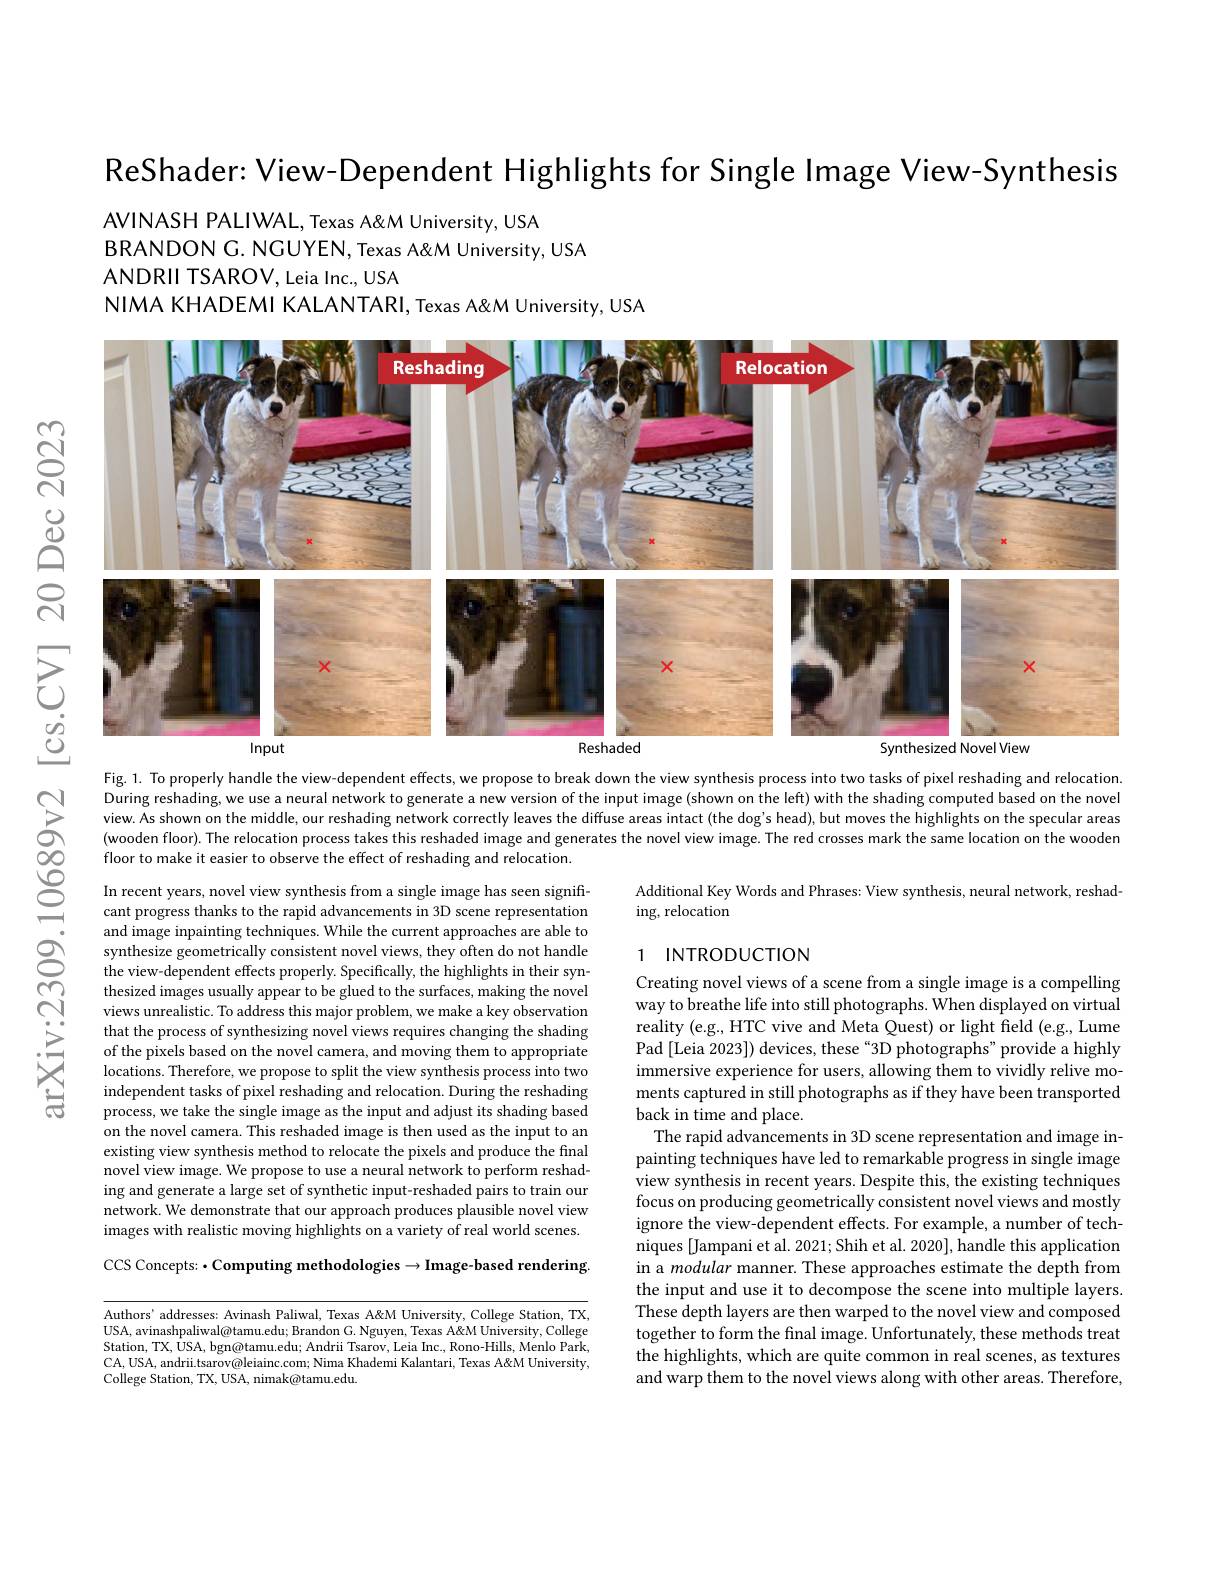
ReShader: View-Dependent Highlights for Single Image View-Synthesis

AVINASH PALIWAL, Texas A&M University, USA
BRANDON G. NGUYEN, Texas A&M University, USA
ANDRII TSAROV, Leia Inc., USA
NIMA KHADEMI KALANTARI, Texas A&M University, USA

$ଟ୍ରି$
<FigureHere>
$ద్లి$ $উত্ত্তি$

Fig. 1. To properly handle the view-dependent effects, we propose to break down the view synthesis process into two tasks of pixel reshading and relocation. During reshading, we use a neural network to generate a new version of the input image (shown on the leff) with the shading computed based on the novel view. As shown on the middle, our reshading network correctly leaves the diffuse areas intact (the dog's head), but moves the highlights on the specular areas (wooden floor). The relocation process takes this reshaded image and generates the novel view image. The red crosses mark the same location on the wooden
$ప్రే$
floor to make it easier to observe the effect of reshading and relocation.

Additional Key Words and Phrases: View synthesis, neural network, reshad-
$\operatorname{ing,}$relocation

### 1 $INTRODUCTION$

arXiv:2309

In recent years, novel view synthesis from a single image has seen significant progress thanks to the rapid advancements in 3D scene representation and image inpainting techniques. While the current approaches are able to synthesize geometrically consistent novel views, they often do not handle the view-dependent effects properly. Specifically, the highlights in their synthesized images usually appear to be glued to the surfaces, making the novel views unrealistic. To address this major problem, we make a key observation that the process of synthesizing novel views requires changing the shading of the pixels based on the novel camera, and moving them to appropriate locations. Therefore, we propose to split the view synthesis process into two independent tasks of pixel reshading and relocation. During the reshading process, we take the single image as the input and adjust its shading based on the novel camera. This reshaded image is then used as the input to an existing view synthesis method to relocate the pixels and produce the final novel view image. We propose to use a neural network to perform reshading and generate a large set of synthetic input-reshaded pairs to train our network. We demonstrate that our approach produces plausible novel view images with realistic moving highlights on a variety of real world scenes.

Creating novel views of a scene from a single image is a compelling way to breathe life into still photographs. When displayed on virtual reality (e.g., HTC vive and Meta Quest) or light field (e.g., Lume Pad [Leia 2023]) devices, these“3D photographs" provide a highly immersive experience for users, allowing them to vividly relive moments captured in still photographs as if they have been transported back in time and place.
The rapid advancements in 3D scene representation and image inpainting techniques have led to remarkable progress in single image view synthesis in recent years. Despite this, the existing techniques focus on producing geometrically consistent novel views and mostly ignore the view-dependent effects. For example, a number of techniques [Jampani et al. 2021; Shih et al. 2020], handle this application in a modular manner. These approaches estimate the depth from the input and use it to decompose the scene into multiple layers. These depth layers are then warped to the novel view and composed together to form the final image. Unfortunately, these methods treat the highlights, which are quite common in real scenes, as textures and warp them to the novel views along with other areas. Therefore,

CCS Concepts: · Computing methodologies $\to$Image-based rendering

Authors' addresses: Avinash Paliwal, Texas A&M University, College Station, TX, USA, avinashpaliwal@tamu.edu; Brandon G. Nguyen, Texas A&M University, College Station, TX, USA, bgn@tamu.edu; Andrii Tsarov, Leia Inc., Rono-Hills, Menlo Park, CA,USA, andrii.tsarov@leiainc.com; Nima Khademi Kalantari, Texas A'M University, College Station, TX, USA, nimak@tamu.edu.